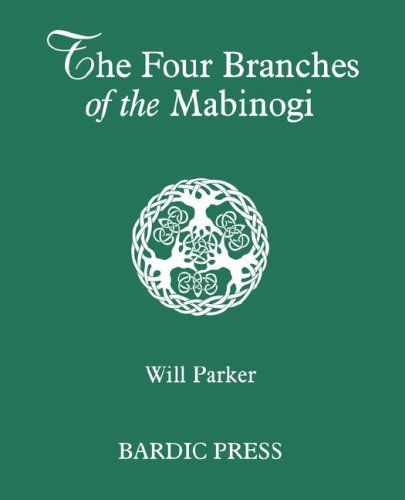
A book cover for The Four Branches of the Mabinogi: Celtic Myth and Medieval Reality; Will Parker; Religion & Spirituality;